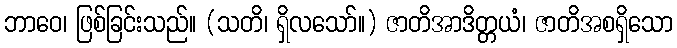
ဘာဝေ၊ ဖြစ်ခြင်းသည်။ (သတိ၊ ရှိလသော်။) ဇာတိအာဒိတ္တယံ၊ ဇာတိအစရှိသော